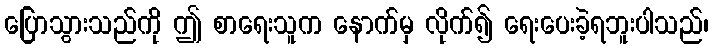
ပြောသွားသည်ကို ဤ စာရေးသူက နောက်မှ လိုက်၍ ရေးပေးခဲ့ရဘူးပါသည်၊